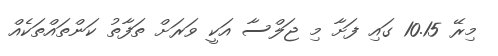
މިރޭ 10.15 ގައި ފަށާ މި ޖަލްސާ އަކީ ވަރަށް ތަފާތު ކަންތައްތަކެއް